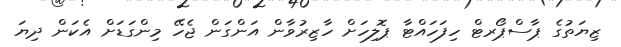
ޒިޔަތުގެ ޕާސްޕޯރޓް ހިފަހައްޓާ ޕޮލިހަށް ހާޒިރުވާން އަންގަން ޖެހޭ މިންގަޑަށް އެކަން ދިޔަ